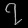
Digit: ၇